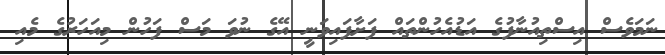
ނަމަވެސް އިސްތިއުނާފުގެ އަޑުއެހުންތައް ފަށާފައިވަނީ އޭގެ ނުވަ މަސް ފަހުން މިއަހަރުގެ މެއި